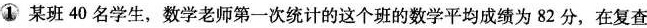
① 某班40名学生，数学老师第一次统计的这个班的数学平均成绩为82分，在复查